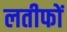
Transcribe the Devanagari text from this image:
लतीफों